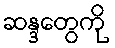
ဆန္ဒတွေကို